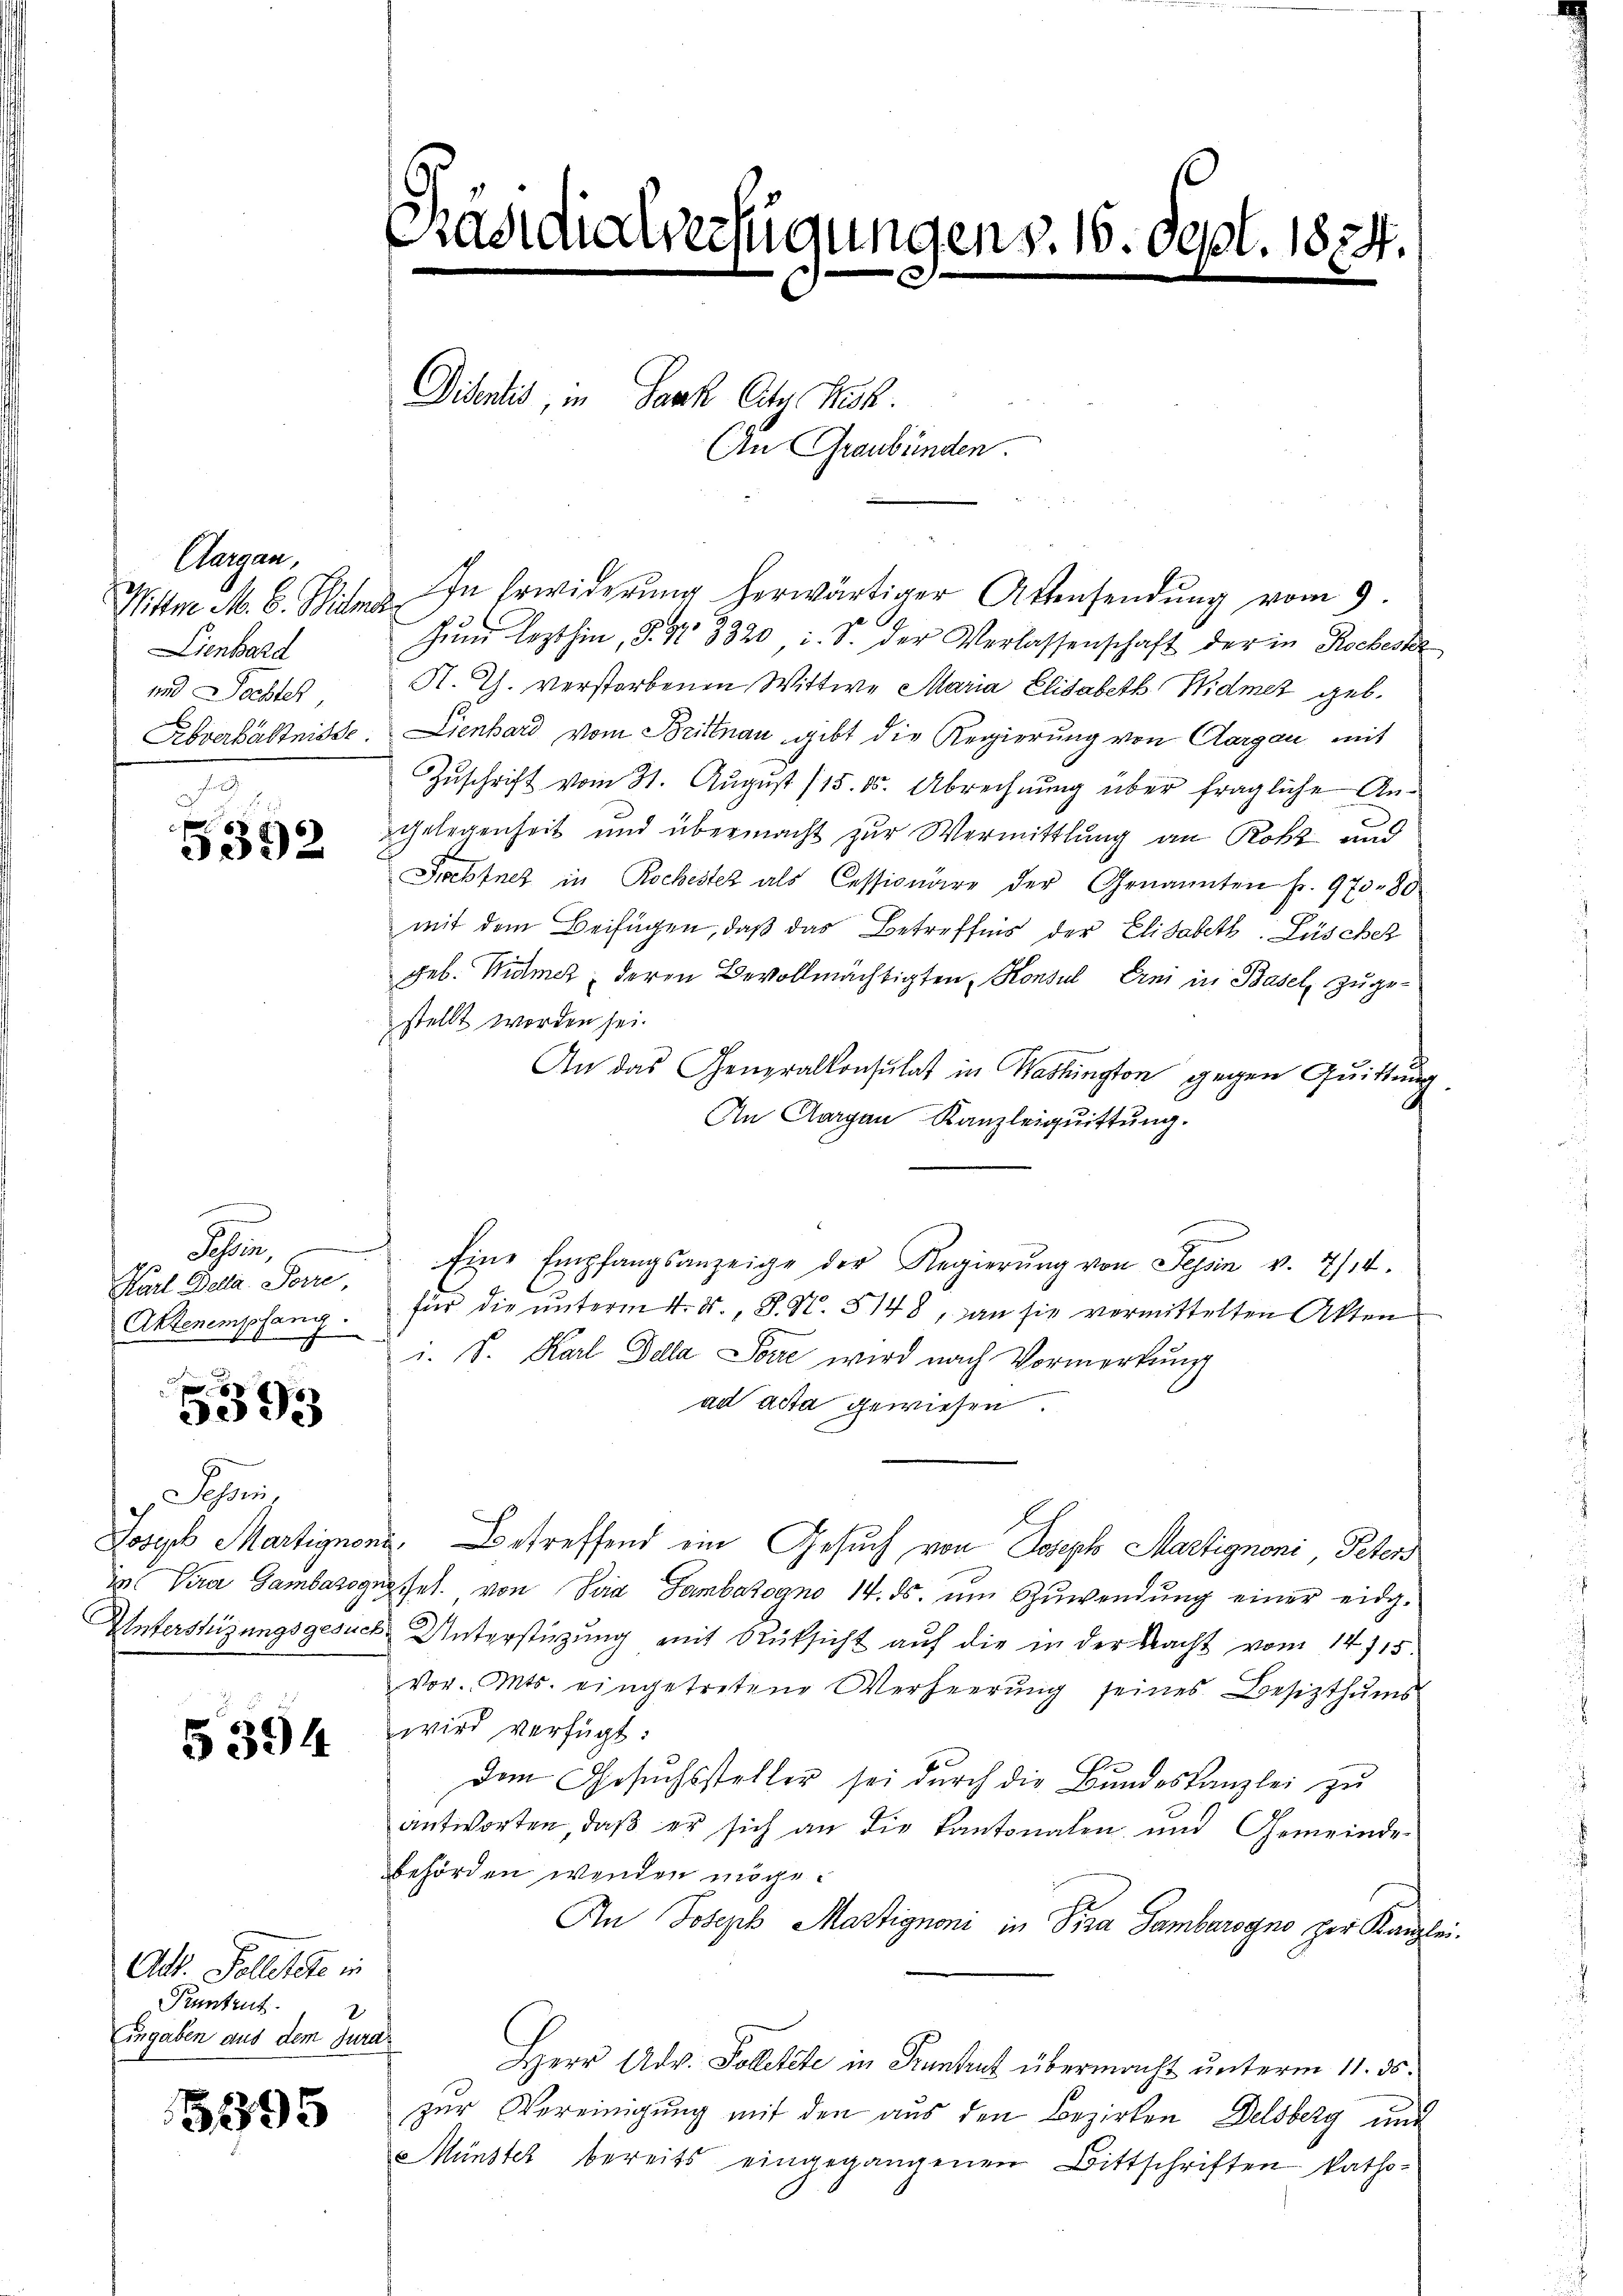
Aargau,
Nitte M. E. Mitmar
ienbard
und Tochter,

5352

Karl Della Porre,
Aktenempfang.

e
3093

ohren,

5394

Alk. Folletete in
Pruntrut.
ingaben aus dem Jura

5395

Präsidialverfügungen v. 16. Sept. 1874.

Didentis, in Park City Kuk
An Graubünden.

In Erwiderung herwärtiger Aktensendung vom 9.

Zum lezthin, S. 31. 3320, i. S. der Verlassenschaft der in Rochester
A. Th. verstorbenen Wittwe Maria Elisabeth Widmet geb.
Erbverhältnisse. Lienhard vom Brittnau, gibt die Regierung von Aargau mit
Zuschrift vom 31. August 115. 15. Abrechnung über fragliche An¬
Gelegenheit und übermacht zur Vermittlung an Robe und
Soebenes in Rochester als Cessionäre der Genannten fr. 973 - 80
mit dem Beifügen, daß das Betreffnis der Elisabett. Lüscher
geb. Widmet, deren Bevollmächtigten Konsul Erni in Basel zugestellt worden sei.
An das Generalkonsulat in Washington gegen Quittung
An Aargau Kanzleiquittung.
Schin, Eine Empfangsanzeige der Regierŭng von Tessin v. 7/14.
für die unterm 4. ds., S. Nr. 5148, an sie vermittelten Akten
u. S. Karl Fella Sowie wird nach Vormerkŭng
ad acta gewiesen.
Joseph Martignone Betreffend ein Gesuch von Joseph Martignoni, Peter
i Vira Gambazognoset. von San Sambazogno 14. ds. ŭm Zŭwendŭng einer eidg.
Unterstüzungsgesuch Unterstüzung mit Rüksicht auf die in der Nacht vom 14/15.
Vor. Mts. eingetretene Verheerung seines Besitzthums
wird verfügt:
Dem Gesuchssteller sei durch die Bundeskanzlei zu
antworten, daß er sich an die Kantonalen und Gemeinde
behörden werden möge¬
An Joseph Martignoni in Pira Sambarogno per Kanzlei
2
Herr Adv. Solletete in Frantrut übermacht unterm 11. ds.
zur Vereinigung mit den aus den Bezirken Delsberg und
Münster bereits eingegangenen Bittschriften katho¬